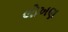
લોખણ